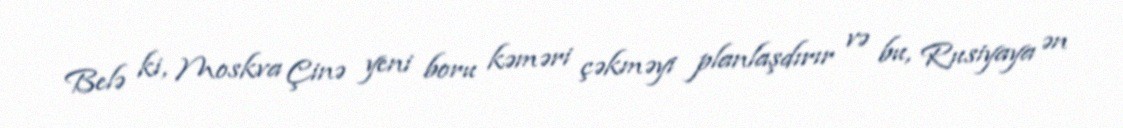
Belə ki, Moskva Çinə yeni boru kəməri çəkməyi planlaşdırır və bu, Rusiyaya ən